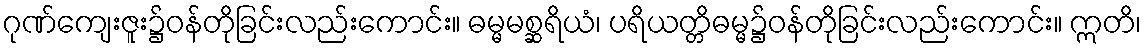
ဂုဏ်ကျေးဇူး၌ဝန်တိုခြင်းလည်းကောင်း။ ဓမ္မမစ္ဆရိယံ၊ ပရိယတ္တိဓမ္မ၌ဝန်တိုခြင်းလည်းကောင်း။ ဣတိ၊